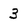
Character: 3